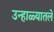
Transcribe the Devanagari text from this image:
उन्हाळ्यातले